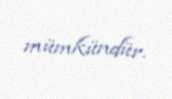
mümkündür.